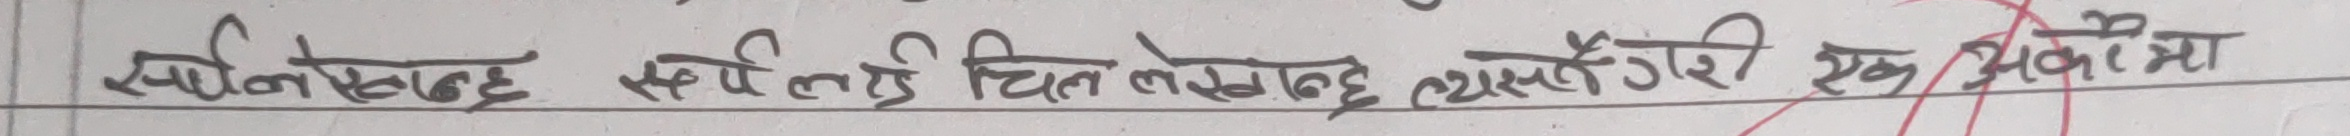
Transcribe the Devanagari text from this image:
स्विनलेख हुट सर्मिलाई चितनखण्ठ व्यस्वैगरी एक वैरोमा